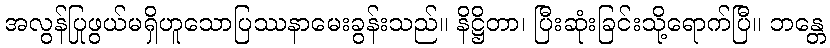
အလွန်ပြုဖွယ်မရှိဟူသောပြဿနာမေးခွန်းသည်။ နိဋ္ဌိတာ၊ ပြီးဆုံးခြင်းသို့ရောက်ပြီ။ ဘန္တေ